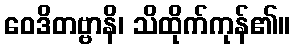
ဝေဒိတဗ္ဗာနိ၊ သိထိုက်ကုန်၏။